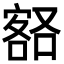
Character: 𡪞